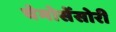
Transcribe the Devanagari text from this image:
चेमोसेंसोरी